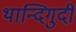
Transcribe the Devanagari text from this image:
थान्दिगुदी